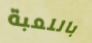
باللعبة